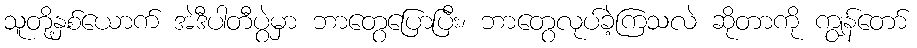
သူတို့နှစ်ယောက် အဲဒီပါတီပွဲမှာ ဘာတွေပြောပြီး၊ ဘာတွေလုပ်ခဲ့ကြသလဲ ဆိုတာကို ကျွန်တော်